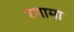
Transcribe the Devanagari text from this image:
रगामा